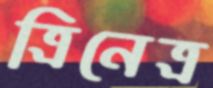
ত্রিনেত্র